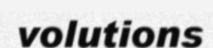
volutions